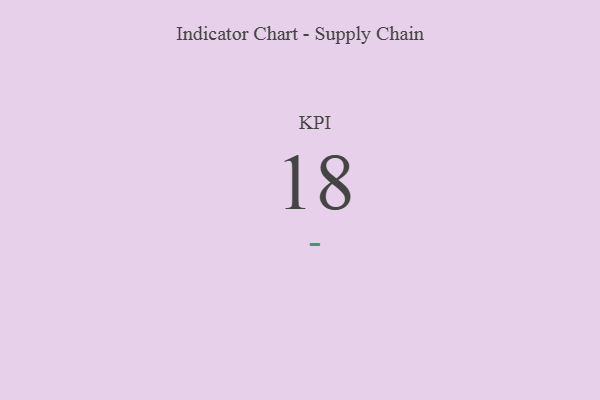
{"axis": {"x": "KPI", "y": "Value"}, "legend": [""], "data": [{"x": "KPI", "y": 18, "type": ""}]}